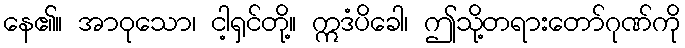
နေ၏။ အာဝုသော၊ ငါ့ရှင်တို့။ ဣဒံပိခေါ၊ ဤသို့တရားတော်ဂုဏ်ကို